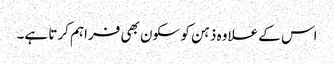
اس کے علاوہ ذہن کو سکون بھی فراہم کرتا ہے۔